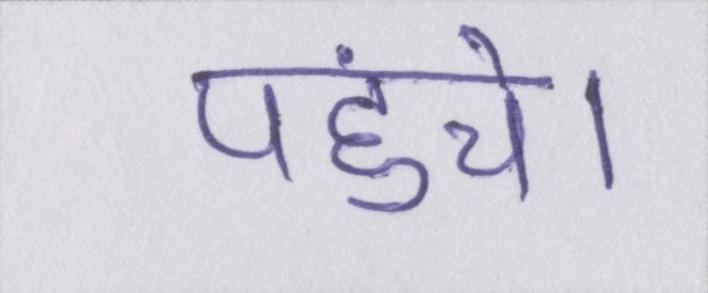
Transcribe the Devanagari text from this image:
पहुंचे।